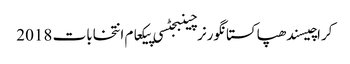
کراچیسندھپاکستانگورنرچینبجٹسی پیکعام انتخابات 2018